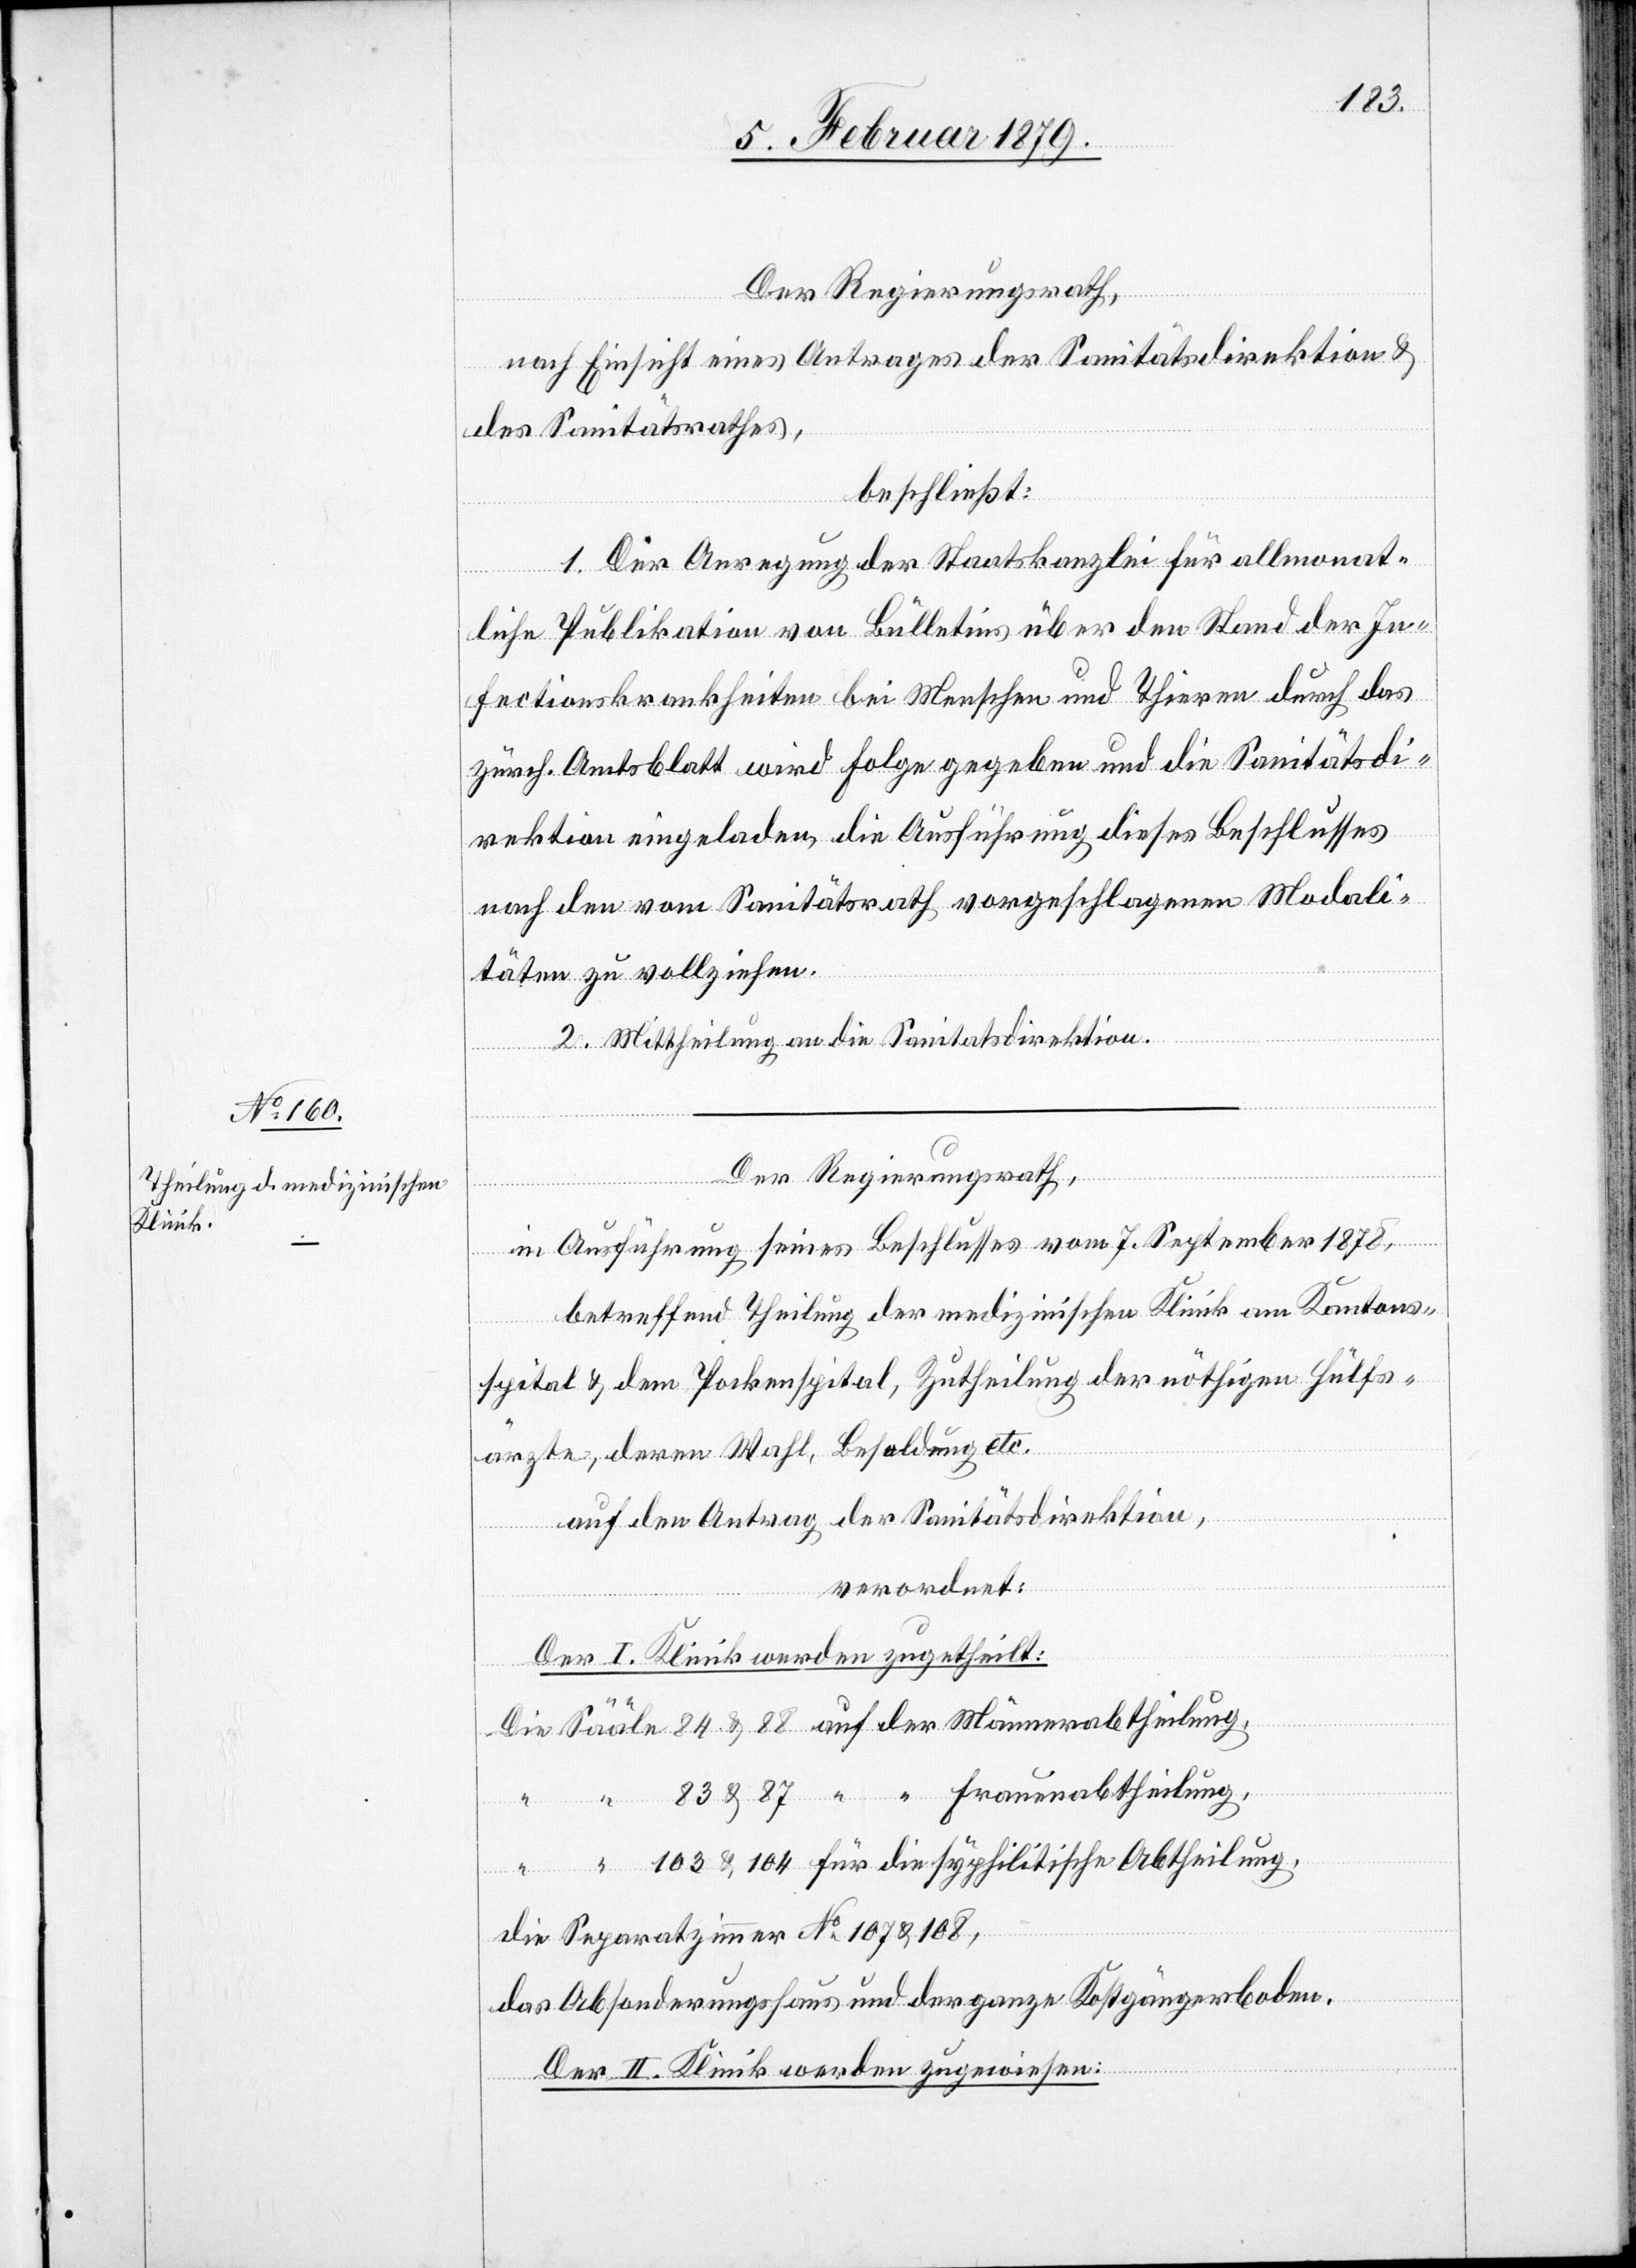
die

103
Der Regierungsrath,
nach Einsicht eines Antrages der Sanitätsdirektion &
der
des Sanitätsrathes,
beschließt:
1. Der Anregung der Staatskanzlei für allmonat¬
liche Publikation von Bülletins über den Stand der In¬
fectionskrankheiten bei Menschen und Thieren durch das
zürch. Amtsblatt wird Folge gegeben und die Sanitätsdi¬
rektion eingeladen, die Ausführung dieses Beschlusses
nach den vom Sanitätsrath vorgeschlagenen Modali¬
täten zu vollziehen.
2. Mittheilung an die Sanitätsdirektion.
Der Regierungsrath,
in Ausführung seines Beschlusses vom 7. September 1878,
betreffend Theilung der medizinischen Klinik am Kantons¬
spital & dem Pockenspital, Zutheilung der nöthigen Hülfs¬
ärzte, deren Wahl, Besoldung etc.
auf den Antrag der Sanitätsdirektion,
verordnet:
Der I. Klinik werden zugetheilt:
die Separatzimmer No 107 & 108,
das Absonderungshaus und der ganze Kostgängerboden.
Der II. Klinik werden zugewiesen: